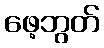
ဖေ့ဘွတ်